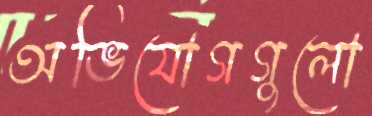
অভিযোগগুলো